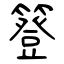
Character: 簦